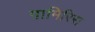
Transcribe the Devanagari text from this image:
पामिरिस